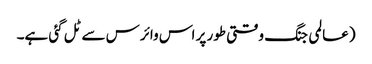
(عالمی جنگ وقتی طور پر اس وائرس سے ٹل گئی ہے۔